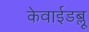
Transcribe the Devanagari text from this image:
केवाईडब्लू